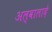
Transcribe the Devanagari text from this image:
अल्वालादे